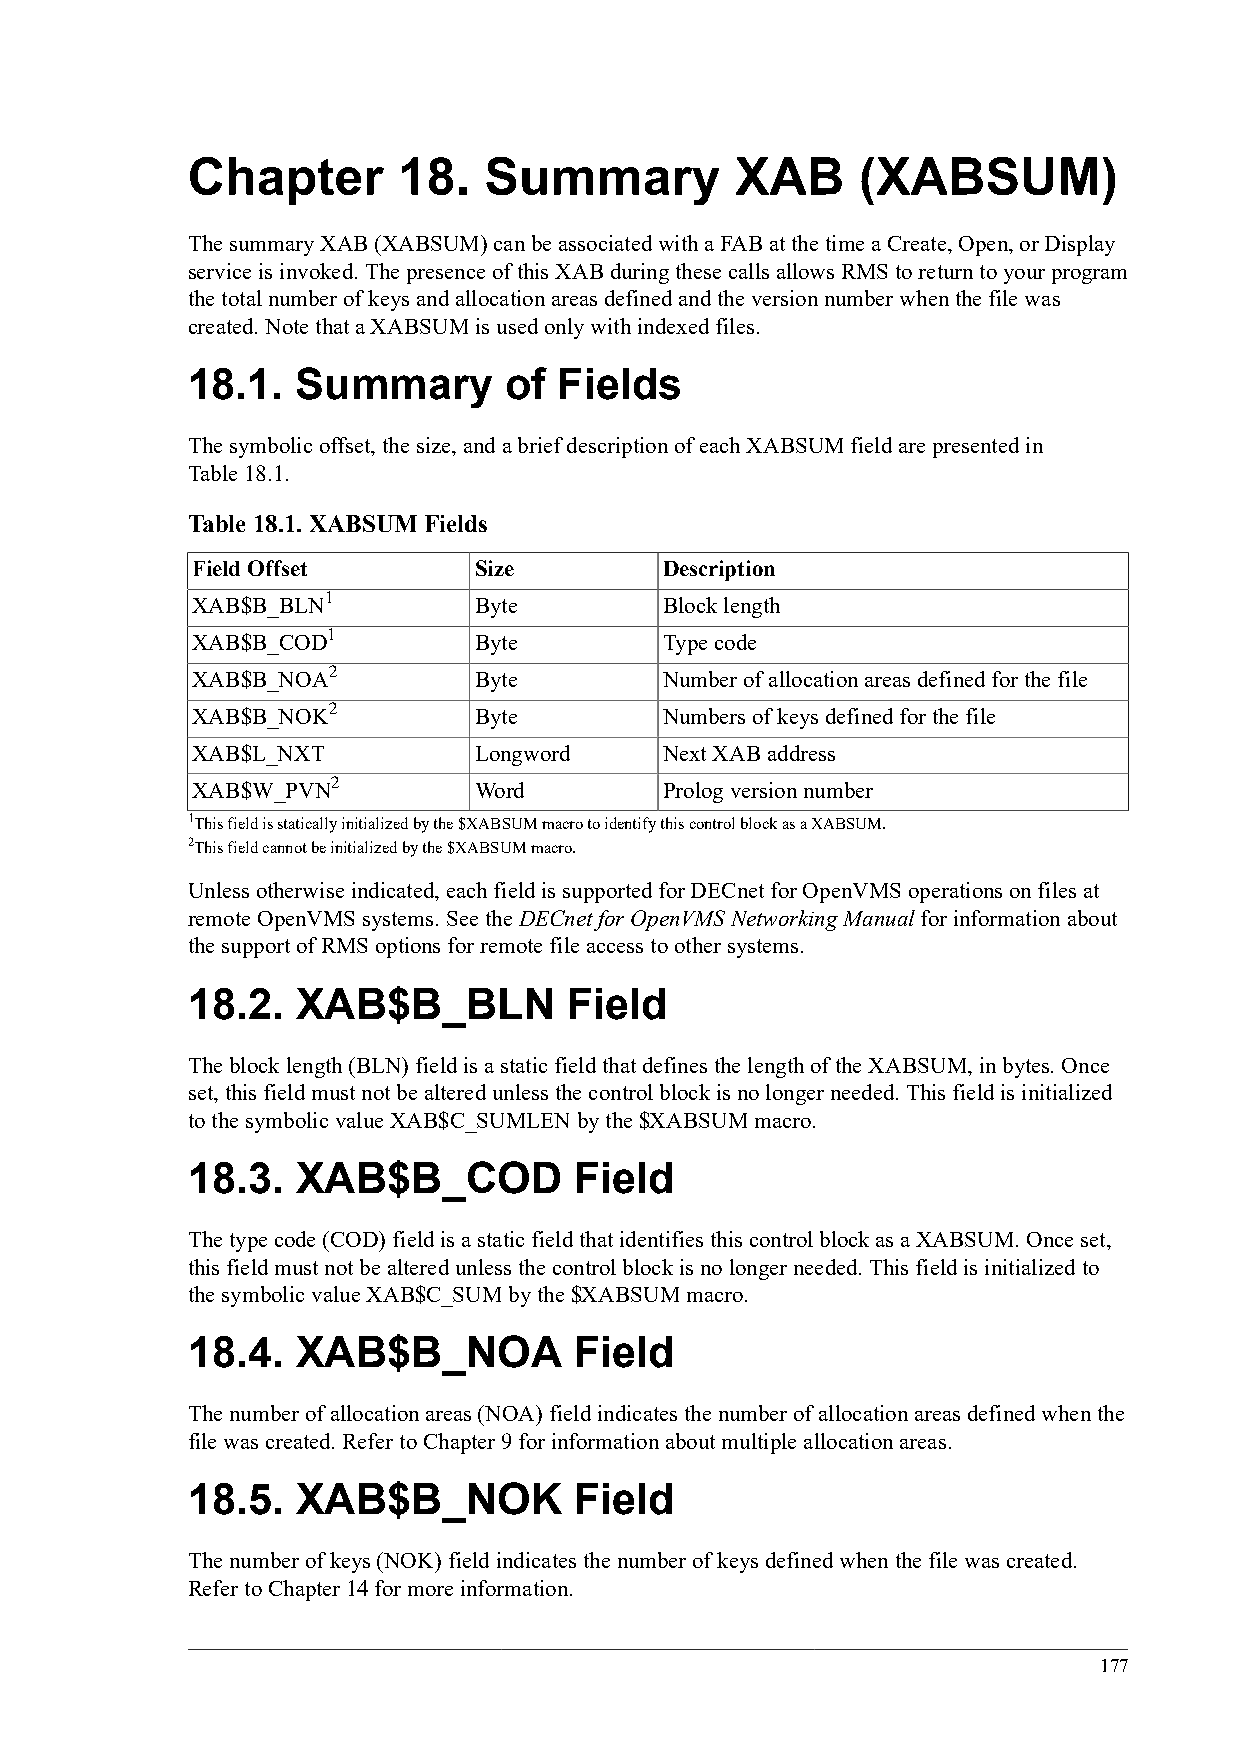
Chapter       18.   Summary          XAB     (XABSUM)
 The summary XAB (XABSUM) can be associated with a FAB at the time a Create, Open, or Display
 service is invoked. The presence of this XAB during these calls allows RMS to return to your program
 the total number of keys and allocation areas defined and the version number when the file was
 created. Note that a XABSUM is used only with indexed files.
 18.1.   Summary      of  Fields
 The symbolic offset, the size, and a brief description of each XABSUM field are presented in
 Table 18.1.
 Table 18.1. XABSUM Fields
 Field Offset      Size         Description
 1
 XAB$B_BLN         Byte         Block length
 1
 XAB$B_COD         Byte         Type code
 2
 XAB$B_NOA         Byte         Number of allocation areas defined for the file
 2
 XAB$B_NOK         Byte         Numbers of keys defined for the file
 XAB$L_NXT         Longword     Next XAB address
 2
 XAB$W_PVN         Word         Prolog version number
 1This field is statically initialized by the $XABSUM macro to identify this control block as a XABSUM.
 2This field cannot be initialized by the $XABSUM macro.
 Unless otherwise indicated, each field is supported for DECnet for OpenVMS operations on files at
 remote OpenVMS systems. See the DECnet for OpenVMS Networking Manual for information about
 the support of RMS options for remote file access to other systems.
 18.2.   XAB$B_BLN         Field
 The block length (BLN) field is a static field that defines the length of the XABSUM, in bytes. Once
 set, this field must not be altered unless the control block is no longer needed. This field is initialized
 to the symbolic value XAB$C_SUMLEN by the $XABSUM macro.
 18.3.   XAB$B_COD         Field
 The type code (COD) field is a static field that identifies this control block as a XABSUM. Once set,
 this field must not be altered unless the control block is no longer needed. This field is initialized to
 the symbolic value XAB$C_SUM by the $XABSUM macro.
 18.4.   XAB$B_NOA         Field
 The number of allocation areas (NOA) field indicates the number of allocation areas defined when the
 file was created. Refer to Chapter 9 for information about multiple allocation areas.
 18.5.   XAB$B_NOK         Field
 The number of keys (NOK) field indicates the number of keys defined when the file was created.
 Refer to Chapter 14 for more information.
 177